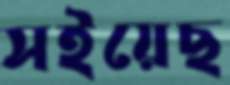
সইয়েছ